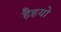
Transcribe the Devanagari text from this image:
हैहयो